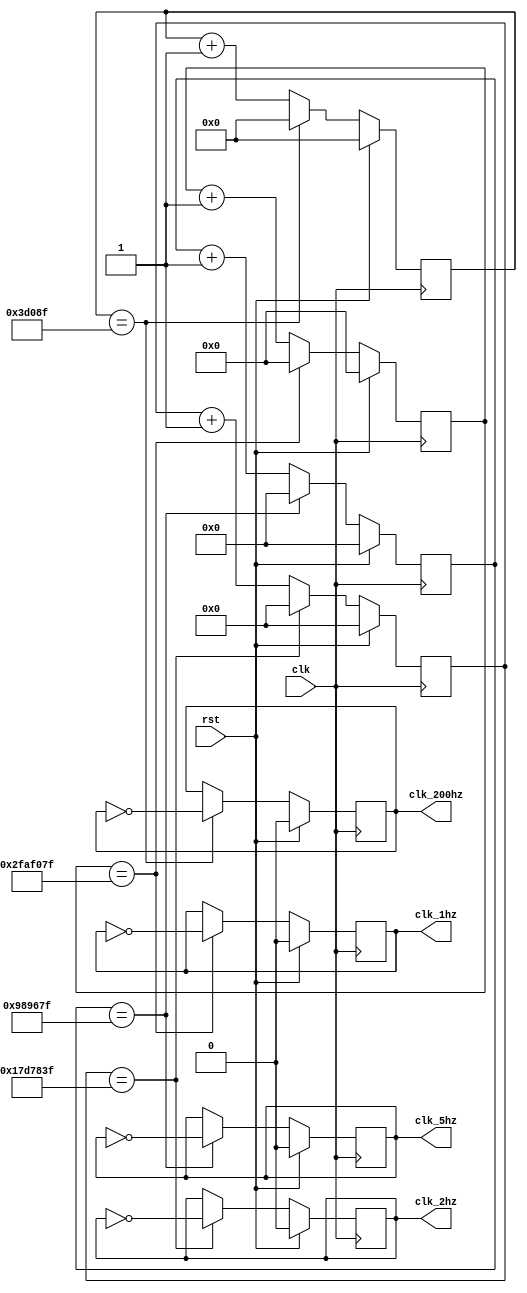
`timescale 1ns / 1ps
//////////////////////////////////////////////////////////////////////////////////
// Company: 
// Engineer: 
// 
// Design Name: 
// Module Name:    Clock 
// Project Name: 
// Target Devices: 
// Tool versions: 
// Description: 
//
// Dependencies: 
//
// Revision: 
// Revision 0.01 - File Created
// Additional Comments: 
//
//////////////////////////////////////////////////////////////////////////////////
module Clock(	
	input clk,
	input rst,
	output reg clk_1hz,
	output reg clk_2hz,
	output reg clk_200hz,
	output reg clk_5hz
    );
	 
	
	reg [18:0] counter250K;
	always@(posedge clk) begin
		if (rst) begin
			counter250K <= 0;
			clk_200hz <= 0;
		end else if (counter250K == 249999) begin
			counter250K <= 0;
			clk_200hz <= ~clk_200hz;
		end else begin
			counter250K <= counter250K + 1;
		end
	end
	reg [23:0] counter10M;
	always@(posedge clk) begin
		if (rst) begin
			counter10M <= 0;
			clk_5hz <= 0;
		end else if (counter10M == 9999999) begin
			counter10M <= 0;
			clk_5hz <= ~clk_5hz;
		end else begin
			counter10M <= counter10M + 1;
		end
	end
	reg [25:0] counter25M;
	always@(posedge clk) begin
		if (rst) begin
			counter25M <= 0;
			clk_2hz <= 0;
		end else if (counter25M == 24999999) begin
			counter25M <= 0;
			clk_2hz <= ~clk_2hz;
		end else begin
			counter25M <= counter25M + 1;
		end
	end

	reg [26:0] counter50M;
	always@(posedge clk) begin
		if (rst) begin
			counter50M <= 0;
			clk_1hz <= 0;
		end else if (counter50M == 49999999) begin
			counter50M <= 0;
			clk_1hz <= ~clk_1hz;
		end else begin
			counter50M <= counter50M + 1;
		end
	end

endmodule